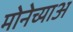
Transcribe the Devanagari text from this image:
मोनेच्याअ